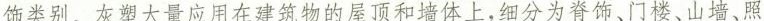
饰类别。灰望大量应用在建筑物的丝顶和墙体上，细分为脊饰、门楼、山墙、照